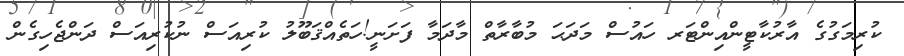
ކުރިމަގުގެ އާރުކާޓީންއިންޓަރ ހައުސް މަދަޙަ މުބާރާތް މާދަމާ ފަށަނީ!ހަތެއްޤަބޫލު ކުރިއަސް ނުކުރިއަސް ދަންޖެހިގެން